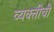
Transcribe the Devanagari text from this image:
व्‍यक्‍तीची